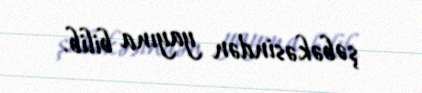
şəbəkəsindən yayına bilib.